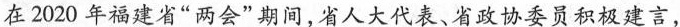
在2020年福建省”两会”期间，省人大代表、省政协委员积极建言，